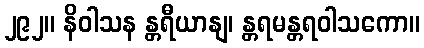
၂၉၂။ နိဝါသန န္တရီယာနျ၊ န္တရမန္တရဝါသကော။